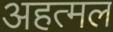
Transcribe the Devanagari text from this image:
अहत्मल